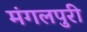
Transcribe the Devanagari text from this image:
मंगलपुरी